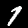
Digit: 1